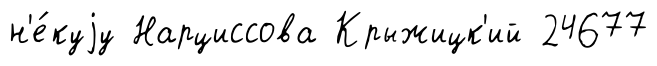
н'е́куjу Нарциссова Крыжицк'ий 24677